Bréfritari: Sigríður Pálsdóttir
Viðtakandi: Páll Pálsson
Dagsetning: A-1845-03-12
Skrifað á: Síðumúla  Mýr.
Páll var bróðir Sigríðar

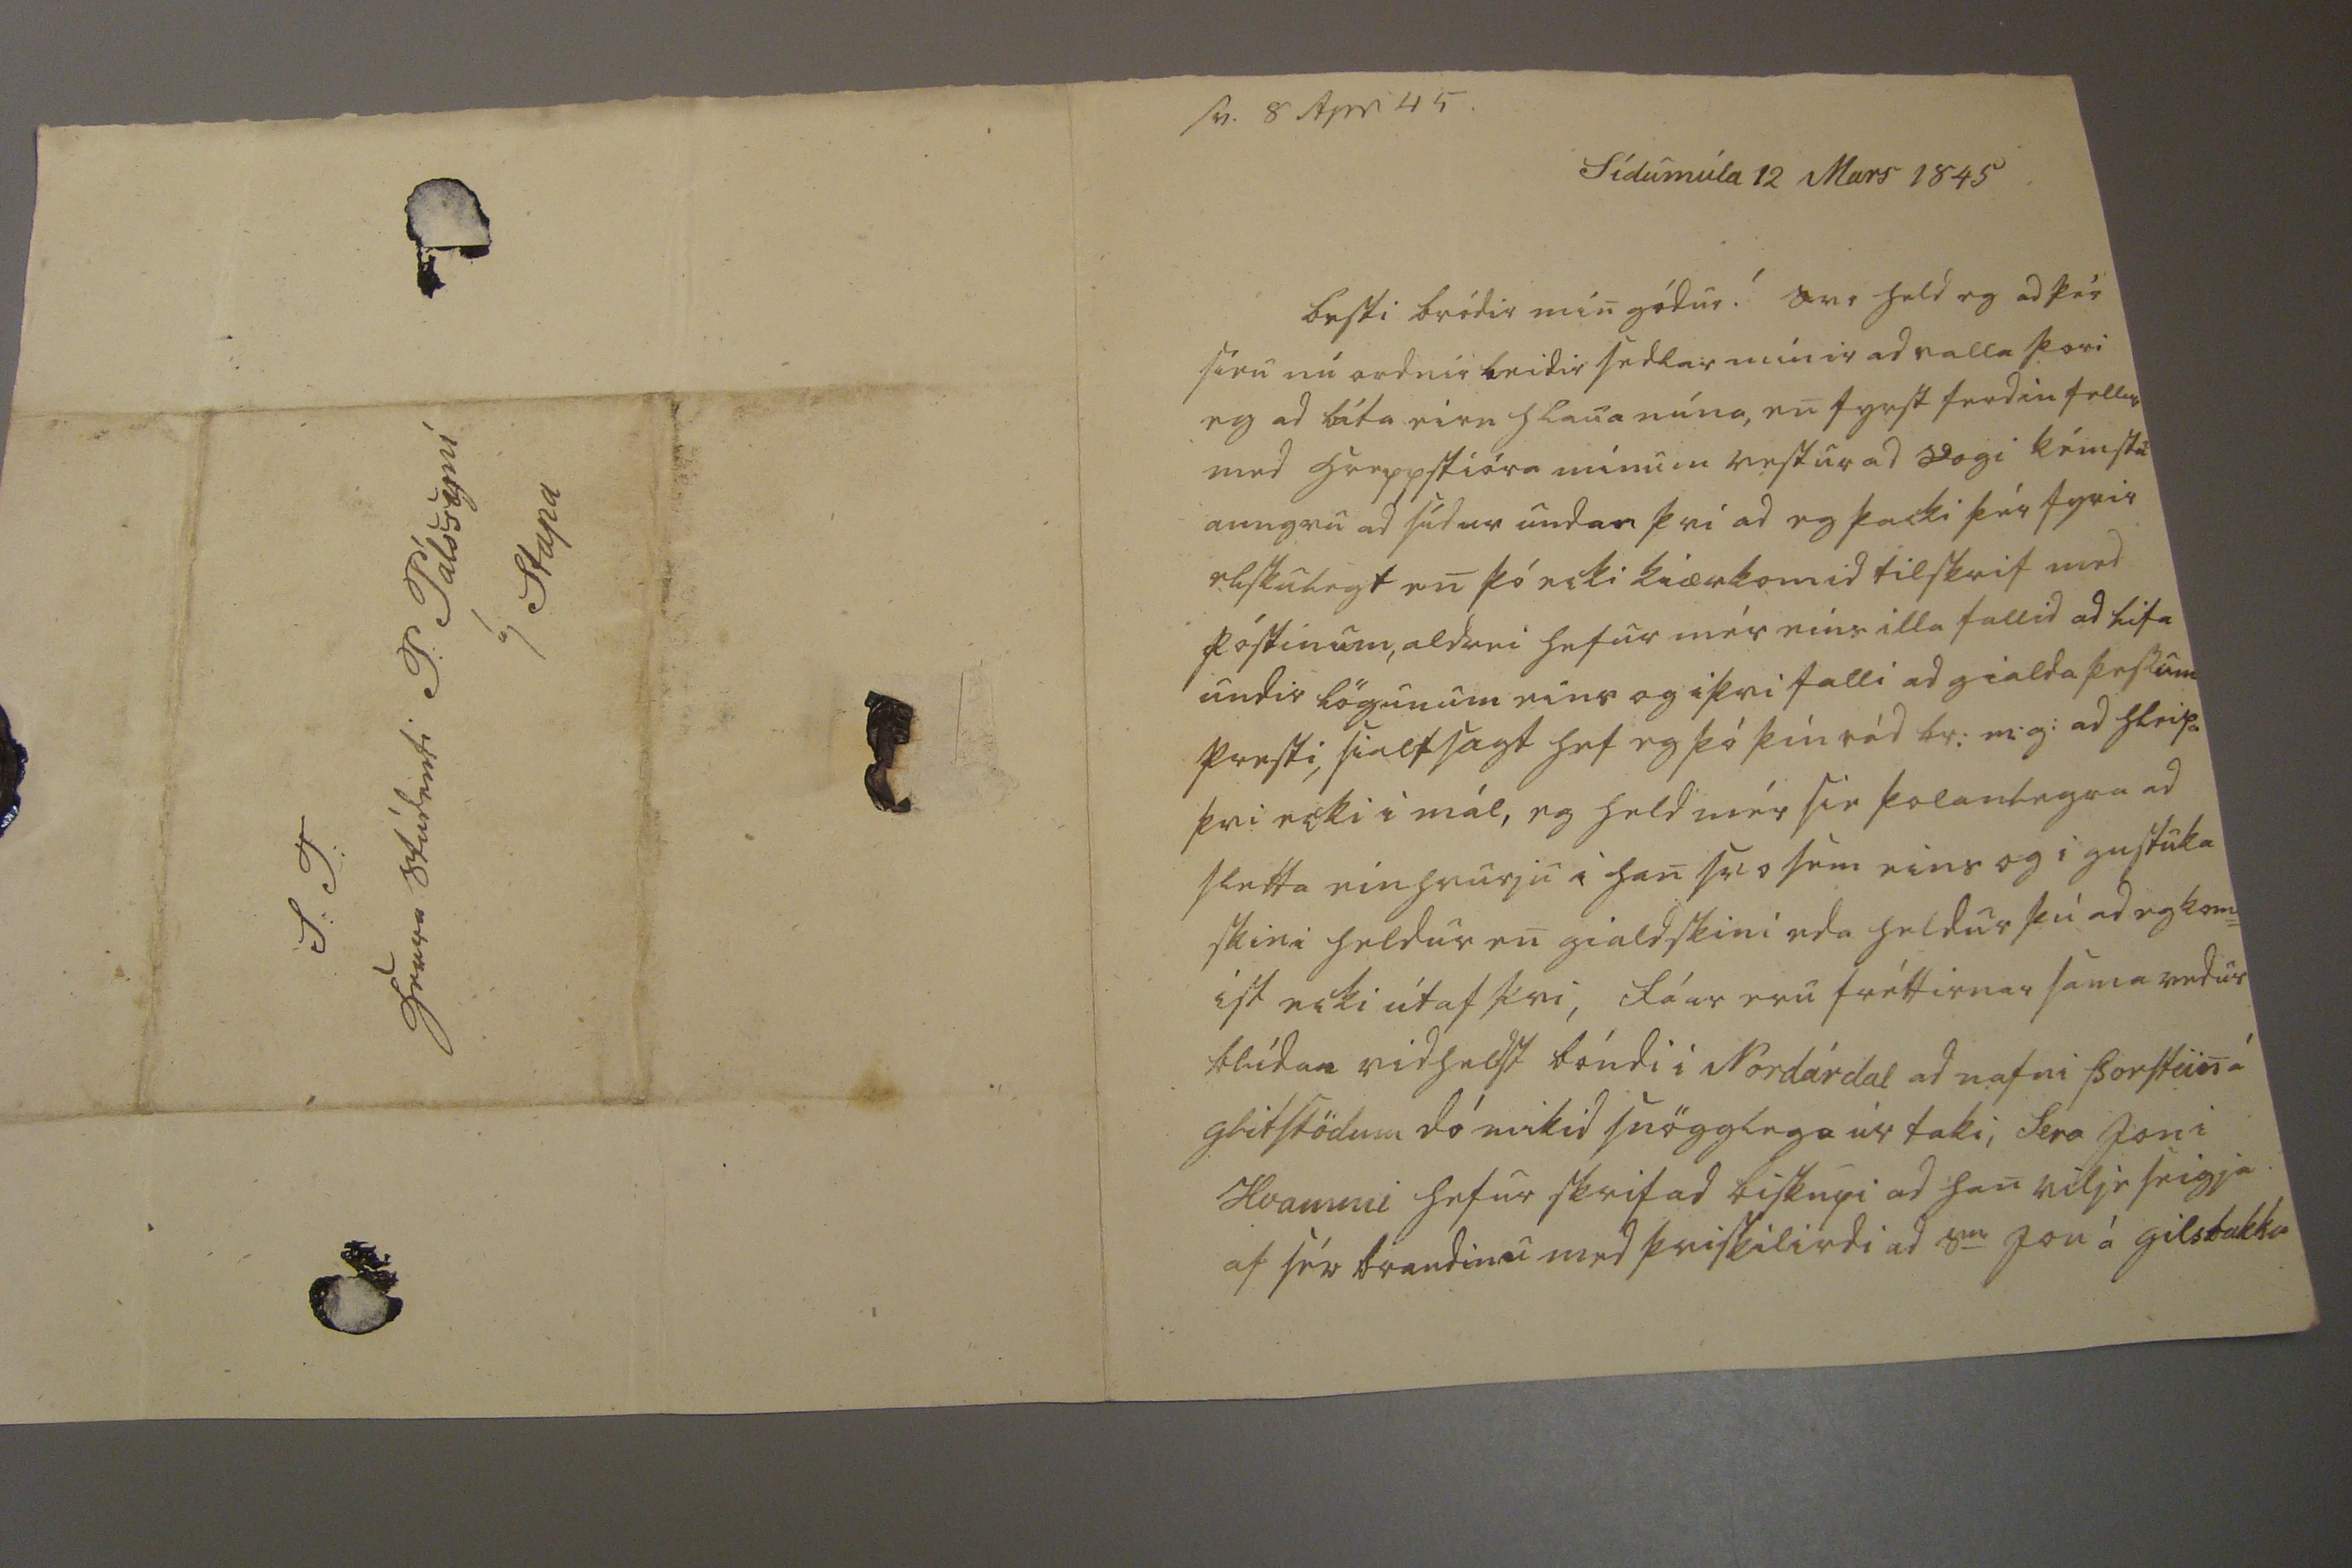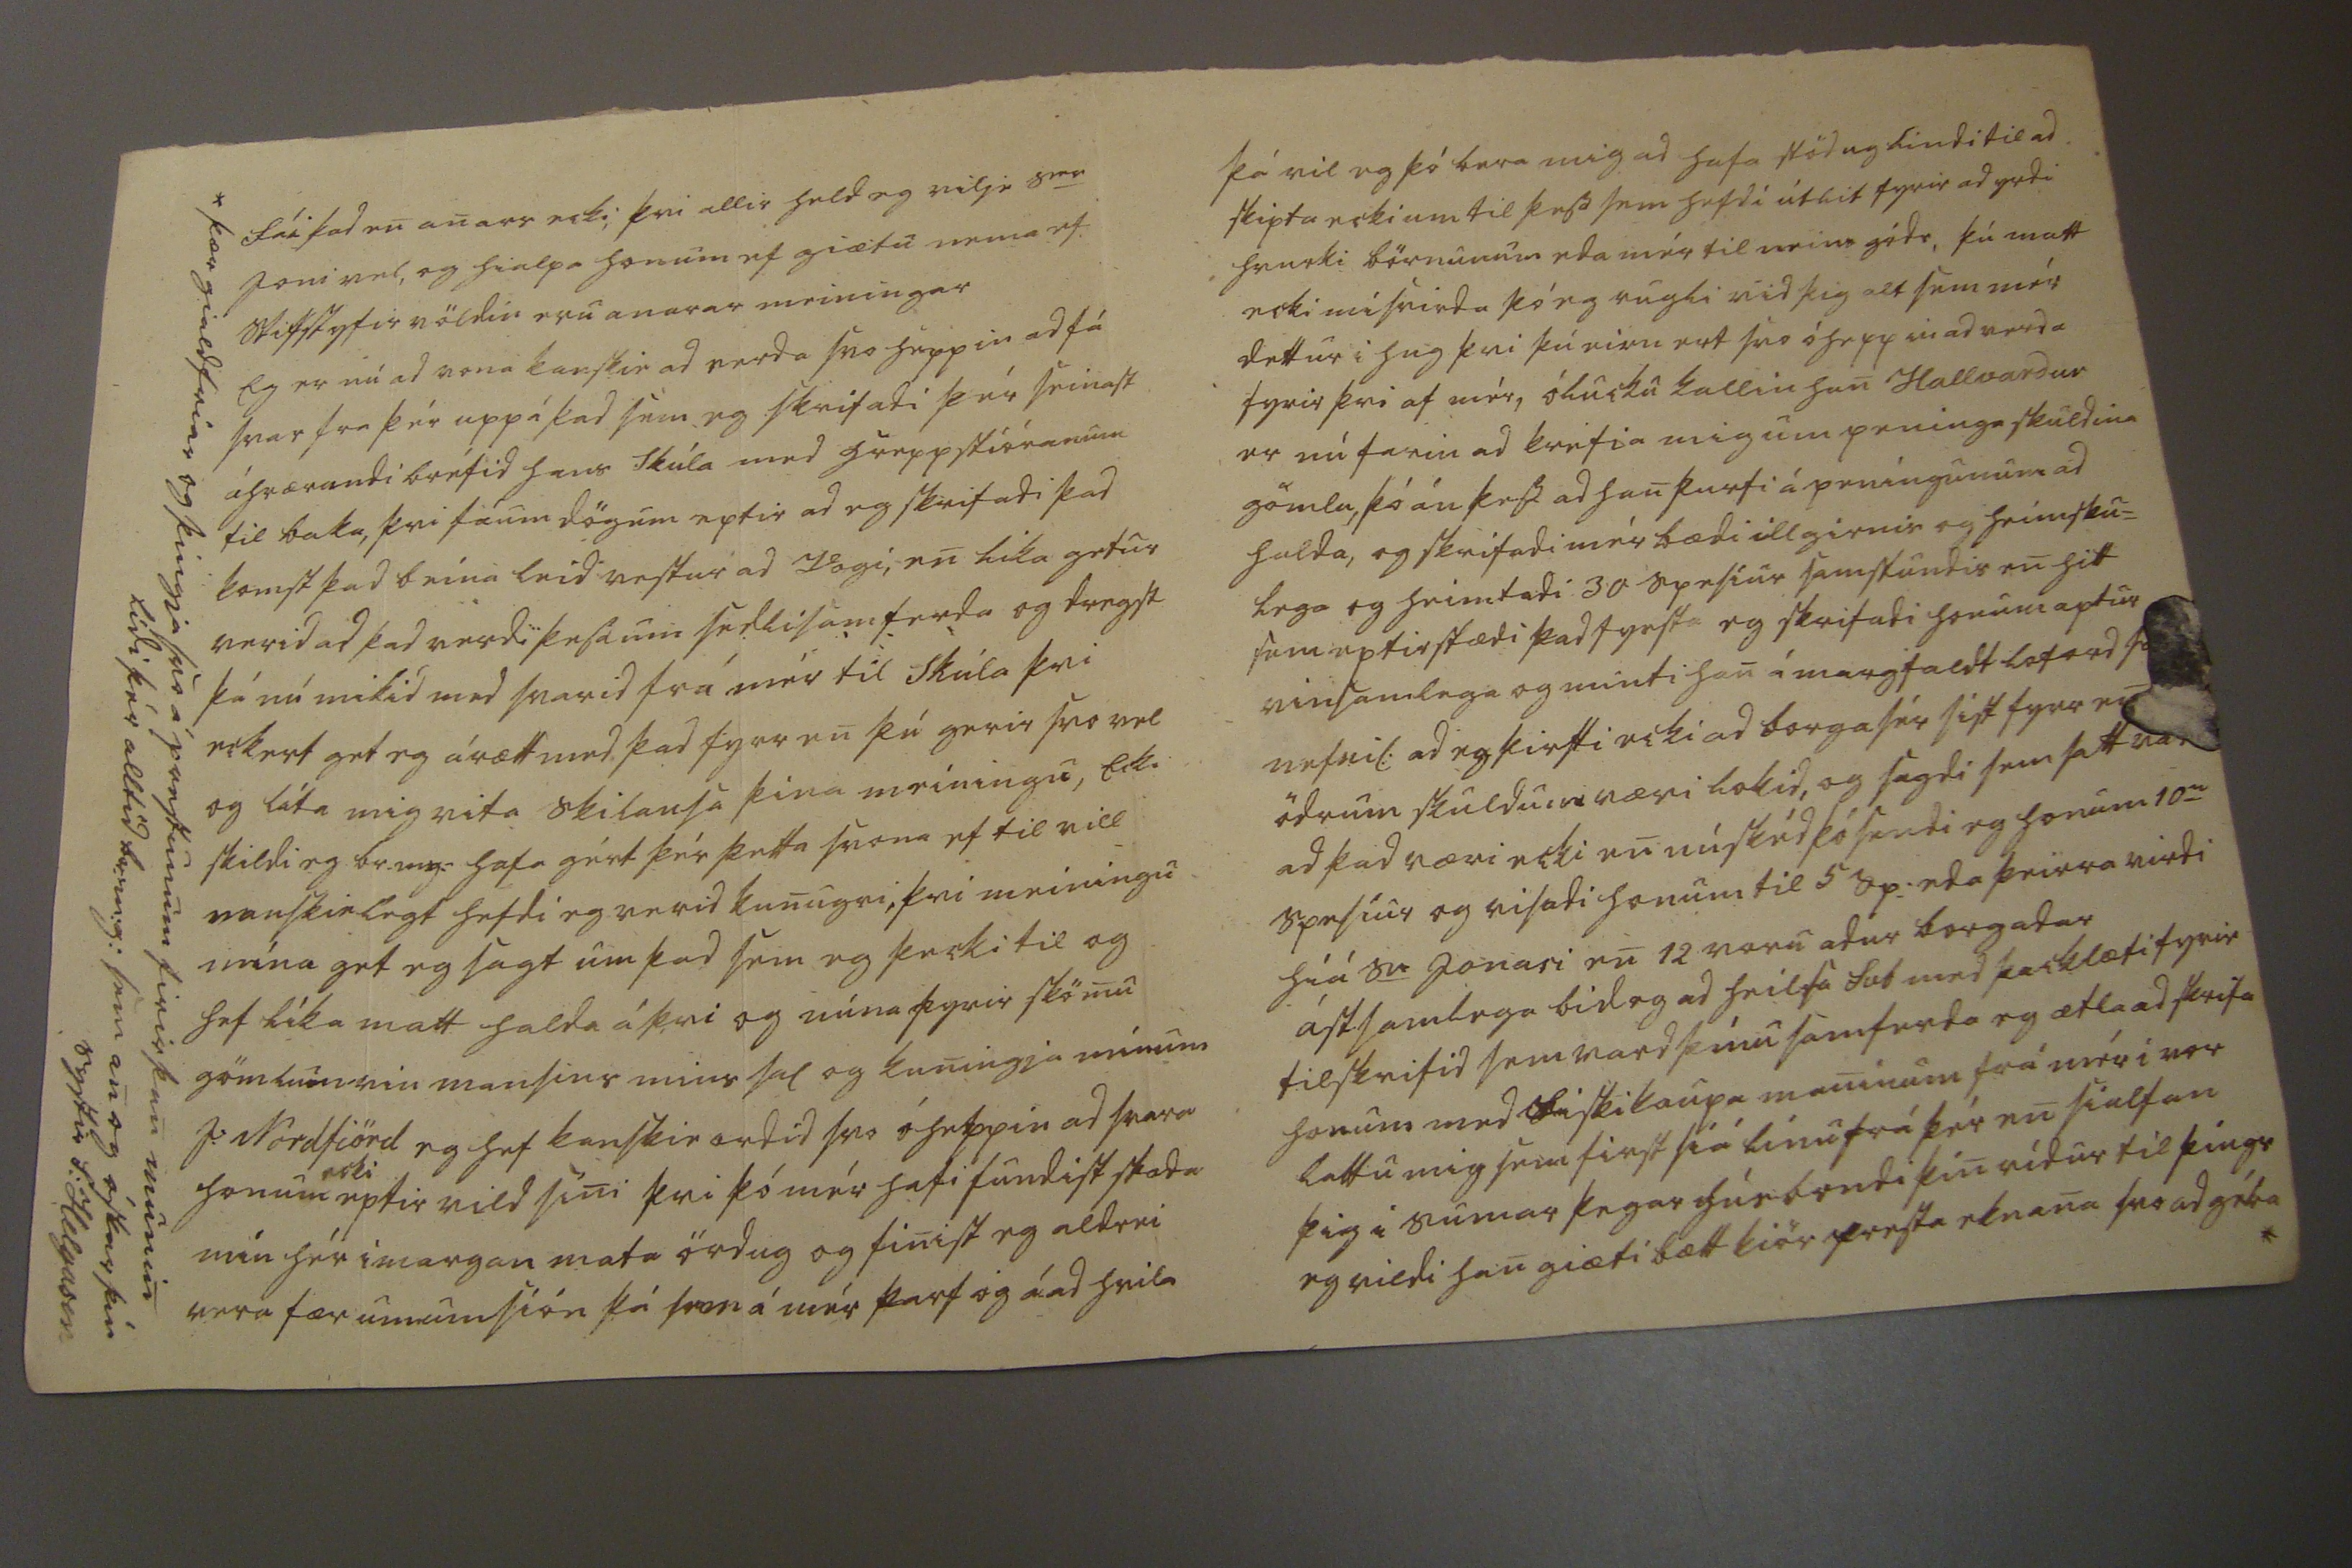

sv. 8 Apri 45
Sídumúla 12 Mars 1845
besti bródir min gódur! Svo held eg ad þér sieu nú ordnir leidir sedlar mínir ad valla þori eg ad láta eirn
hlaua
núna, en fyrst ferdin fellur med hreppstióra mínum vestur ad Vogi kémstu aungvu ad sidur undan þvi ad eg þacki þér fyrir elskulegt en þó ecki kiærkomid tilskrif med póstinum, aldrei hefur mér eins illa fallid ad lifa undir lögunum eins og iþvi falli ad gialda þessum presti, sialf sagt hef eg þó þín rád br: m:g: ad hleipa þvi ecki i mál, eg held mér sie þolanlegra ad sletta einhvurju i han svo sem eins og i
gustuka
skini heldur en gialdskini eda heldur þú ad eg kom= ist ecki útaf þvi, Fáar eru fréttirnar sama vedur blídan vidheldst bóndi i Nordárdal ad nafni Þorstein á gleitstödum dó mikid snögglega úr taki, Sera Jon i Hvammi hefur skrifad biskupi ad han vilje seigja af sér braudinu med þvi skilirdi ad S
ier
Jon á Gilsbakka
fái þad en anars ecki, þvi allir held eg vilje S
ier
Joni vel, og hialpa honum ef giætu nema ef stifstyfir völdin eru anarar meiningar Eg er nú ad vona kanskie ad verda svo heppin ad fá svar fra þér upp á þad sem eg skrifadi þér seinast áhrærandi bréfid hans Skúla med hreppstióranum til baka, þvi fáum dögum eptir ad eg skrifadi þad komst þad beina leid vestur ad Vogi, en lika getur verid ad þad verdi þessa um sedlisamferda og dregst þá nú mikid med svarid frá mér til Skúla þvi eckert get eg árætt med þad fyrr en þú gerir svo vel og láta mig vita skilausa þina meiningu, Ecki skildi eg br.m:g: hafa gért þér þetta svona ef til vill vanskielegt hefdi eg verid kunugri, þvi meiningu mína get eg sagt um þad sem eg þacki til og hef líka matt halda á þvi og núna fyrir skömu gömlum vin mansins mins sal og kuningja mínum J: Nordfiörd eg hef kanskie ordid svo óheppin ad svara honum
ecki
eptir vild sini þvi þó mér hafi fundist stada mín hér i margan mata ördug og finist eg aldrei vera fær um umsión þá sem á mér þarf og á ad hvila
* þær gialdfriar og þingja svo svo á prestunum firir þan munin lídi þér alltíd br:m:g: sem an og óskar þín systir S: Helgason
þá vil eg þó bara mig ad hafa stöduglindi til ad skipta ecki um til þess sem hefdi útlit fyrir ad yrdi hvurki börnunum eda mér til neins góds, þú matt ecki misvirda þó eg rugli vid þig alt sem mér dettur i hug þvi þú eirn ert svo óheppin ad verda fyrir þvi af mér, ólucku kallin han Hallvardur er nú farin ad krefia mig um peninga skuldina gömlu, þó án þess ad han þurfi á peningunum ad halda, og skrifadi mér bædi illgirnis og heimsku= lega og heimtadi 30 spesíur samstundis en hitt sem eptir stædi þad fyrsta eg skrifadi honum aptur vinsamlega og minti han á margfaldt loford s
0
nefnil: ad eg þirfti ecki ad borga sér síst fyrr en ödrum skuldum væri lokid, og sagdi sem satt var ad þad væri ecki en núskéd þó sendi eg honum 10
u
spesíur og visadi honum til 5 Sp: eda þeirra virdi hiá S
e
Jonasi en 12 voru adur borgadar Ástsamlega bid eg ad heilsa Svb med þacklæti fyrir tilskrifid sem vard þínu samferda eg ætla ad skrifa honum med Fiskikaup
a
maninum frá mér i vor lattu mig sem first siá línu frá þér en sialfan þig i sumar þegar húsbondi þin rídur til þings eg vildi han giæti bætt kiör presta eknana svo ad gé
t
a *
S.T. Herra Stúdenti P: Pálssyni á Stapa